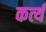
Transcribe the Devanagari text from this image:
कर्त्य